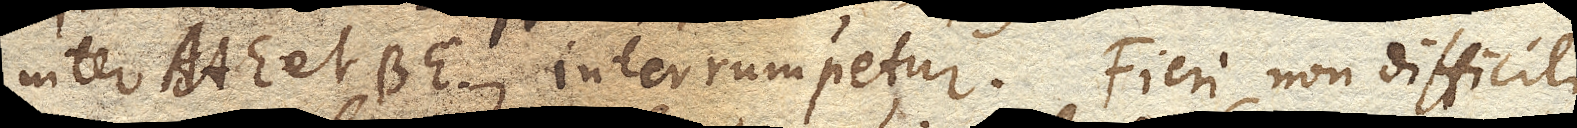
inter AAE. et BE. interrumpetur. Fieri non difficili